Plague in India, 1896, 1897 - Volume 3
Year: 1896
Disease focus: Plague
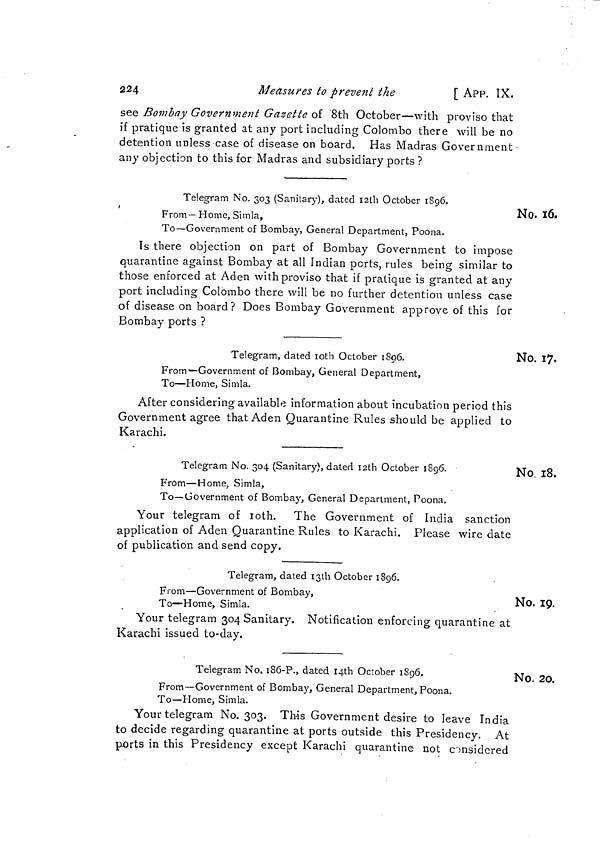
224
Measures to prevent the
[ APP. IX.
see Bombay Government Gazette of 8th October—with proviso that
if pratique is granted at any port including Colombo there will be no
detention unless case of disease on board. Has Madras Government
any objection to this for Madras and subsidiary ports ?
No. 16.
Telegram No. 303 (Sanitary), dated 12th October 1896.
From— Home, Simla,
To—Government of Bombay, General Department, Poona.
Is there objection on part of Bombay Government to impose
quarantine against Bombay at all Indian ports, rules being similar to
those enforced at Aden with proviso that if pratique is granted at any
port including Colombo there will be no further detention unless case
of disease on board? Does Bombay Government approve of this for
Bombay ports ?
No. 17,
Telegram, dated 10th October 1896.
From—Government of Bombay, General Department,
To—Home, Simla.
After considering available information about incubation period this
Government agree that Aden Quarantine Rules should be applied to
Karachi.
No. 18,
Telegram No. 304 (Sanitary), dated 12th October 1896.
From—Home, Simla,
To—Government of Bombay, General Department, Poona.
Your telegram of 10th. The Government of India sanctio
application of Aden Quarantine Rules to Karachi. Please wire dat
of publication and send copy.
No. 19.
Telegram, dated 13th October 1896.
From—Government of Bombay,
To—Home, Simla.
Your telegram 304 Sanitary. Notification enforcing quarantine at
Karachi issued to-day.
No. 20.
Telegram No. 186-P., dated 14th October 1896.
From—Government of Bombay, General Department, Poona.
To—Home, Simla.
Your telegram No. 303. This Government desire to leave India
to decide regarding quarantine at ports outside this Presidency. At
ports in this Presidency except Karachi quarantine not considered